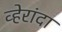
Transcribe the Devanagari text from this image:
व्हेरांदा